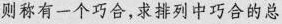
则称有一个巧合，求排列中巧合的总